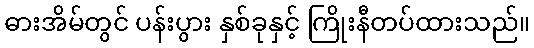
ဓားအိမ်တွင် ပန်းပွား နှစ်ခုနှင့် ကြိုးနီတပ်ထားသည်။